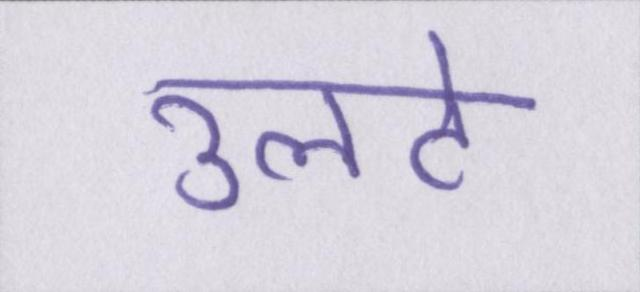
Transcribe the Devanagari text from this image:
उलटे